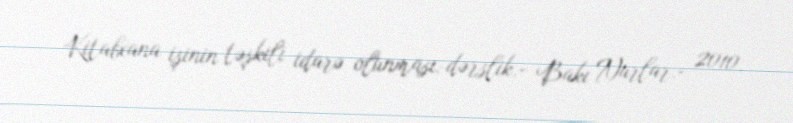
Kitabxana işinin təşkili idarə olunması: dərslik.- Bakı Nurlar.- 2010.